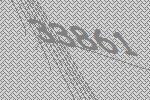
33861